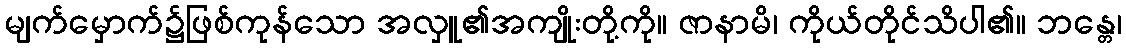
မျက်မှောက်၌ဖြစ်ကုန်သော အလှူ၏အကျိုးတို့ကို။ ဇာနာမိ၊ ကိုယ်တိုင်သိပါ၏။ ဘန္တေ၊